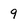
Character: 9